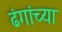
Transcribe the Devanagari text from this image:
ढंगांच्या